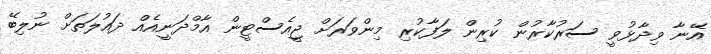
އޭނާ ވިދާޅުވީ ސަރުކާރުން ކުރިން ލަފާކުރި މިންވަރަށް ޖީއެސްޓީން އާމްދަނީއެއް ދައުލަތަށް ނުލިބޭ